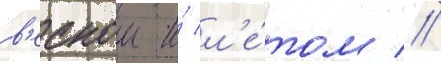
в'еснои и́ л'е́том //